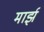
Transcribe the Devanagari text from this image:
मार्झ